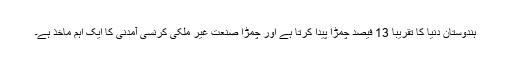
ہندوستان دنیا کا تقریباً 13 فیصد چمڑا پیدا کرتا ہے اور چمڑا صنعت غیر ملکی کرنسی آمدنی کا ایک اہم ماخذ ہے۔